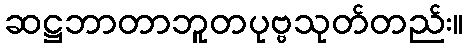
ဆဋ္ဌဘာတာဘူတပုဗ္ဗသုတ်တည်း။